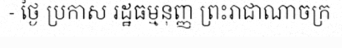
- ថ្ងៃ ប្រកាស រដ្ឋធម្មនុញ្ញ ព្រះរាជាណាចក្រ